Insane asylums in Bengal annual reports 1867-1875 - 1867-1875
Year: 1867
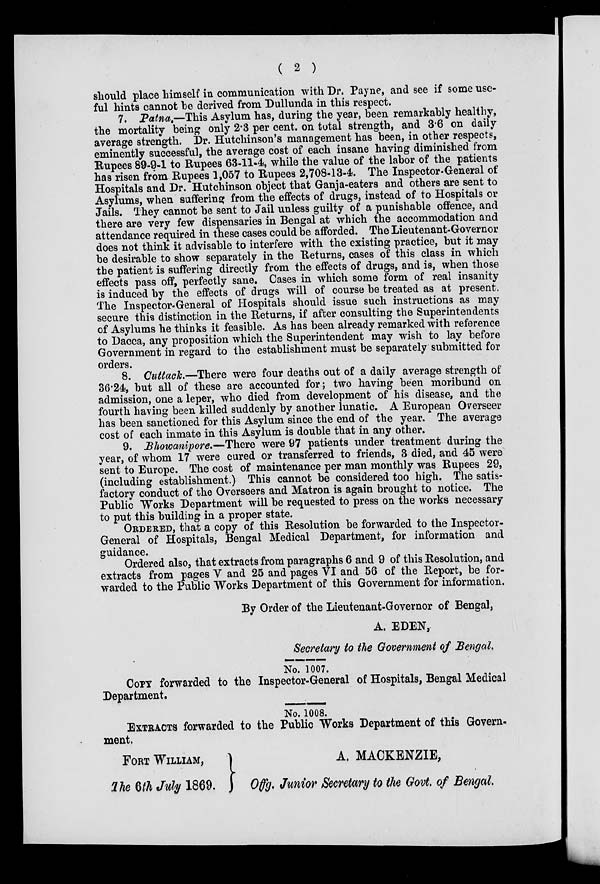
( 2 )
should place himself in communication with Dr. Payne, and see if some use-
ful hints cannot be derived from Dullunda in this respect.
7. Patna.—This Asylum has, during the year, been remarkably healthy,
the mortality being only 2.3 per cent. on total strength, and 3.6 on daily
average strength. Dr. Hutchinson's management has been, in other respects,
eminently successful, the average cost of each insane having diminished from
Rupees 89-9-1 to Rupees 63-11-4, while the value of the labor of the patients
has risen from Rupees 1,057 to Rupees 2,708-13-4. The Inspector-General of
Hospitals and Dr. Hutchinson object that Ganja-eaters and others are sent to
Asylums, when suffering from the effects of drugs, instead of to Hospitals or
Jails. They cannot be sent to Jail unless guilty of a punishable offence, and
there are very few dispensaries in Bengal at which the accommodation and
attendance required in these cases could be afforded. The Lieutenant-Governor
does not think it advisable to interfere with the existing practice, but it may
be desirable to show separately in the Returns, cases of this class in which
the patient is suffering directly from the effects of drugs, and is, when those
effects pass off, perfectly sane. Cases in which some form of real insanity
is induced by the effects of drugs will of course be treated as at present.
The Inspector-General of Hospitals should issue such instructions as may
secure this distinction in the Returns, if after consulting the Superintendents
of Asylums he thinks it feasible. As has been already remarked with reference
to Dacca, any proposition which the Superintendent may wish to lay before
Government in regard to the establishment must be separately submitted for
orders.
8. Cuttack.—There were four deaths out of a daily average strength of
36.24, but all of these are accounted for; two having been moribund on
admission, one a leper, who died from development of his disease, and the
fourth having been killed suddenly by another lunatic. A European Overseer
has been sanctioned for this Asylum since the end of the year. The average
cost of each inmate in this Asylum is double that in any other.
9. Bhowanipore.—There were 97 patients under treatment during the
year, of whom 17 were cured or transferred to friends, 3 died, and 45 were
sent to Europe. The cost of maintenance per man monthly was Rupees 29,
(including establishment.) This cannot be considered too high. The satis-
factory conduct of the Overseers and Matron is again brought to notice. The
Public Works Department will be requested to press on the works necessary
to put this building in a proper state.
ORDERED, that a copy of this Resolution be forwarded to the Inspector-
General of Hospitals, Bengal Medical Department, for information and
guidance.
Ordered also, that extracts from paragraphs 6 and 9 of this Resolution, and
extracts from pages V and 25 and pages VI and 56 of the Report, be for-
warded to the Public Works Department of this Government for information.
By Order of the Lieutenant-Governor of Bengal,
A. EDEN,
Secretary to the Government of Bengal.
No. 1007.
COPY forwarded to the Inspector-General of Hospitals, Bengal Medical
Department.
No. 1008.
EXTRACTS forwarded to the Public Works Department of this Govern-
ment.
FORT WILLIAM,
The 6th July 1869.
A. MACKENZIE,
Offg. Junior Secretary to the Govt, of Bengal.